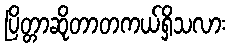
ပြိတ္တာဆိုတာတကယ်ရှိသလား